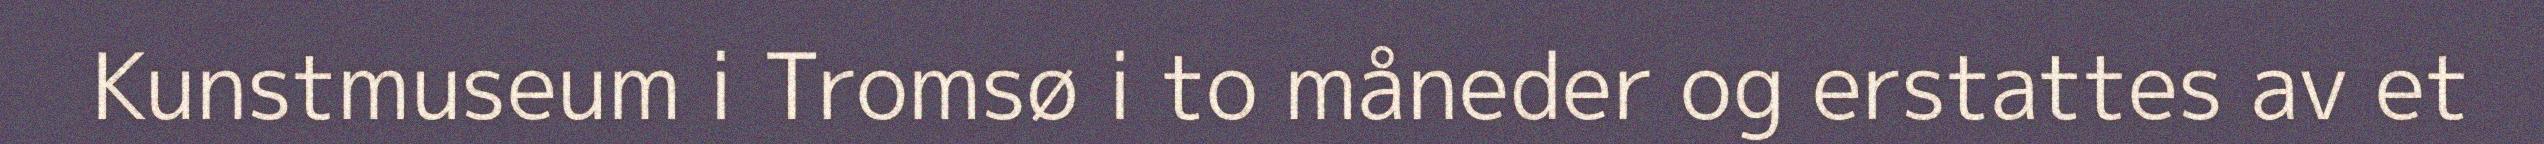
Kunstmuseum i Tromsø i to måneder og erstattes av et